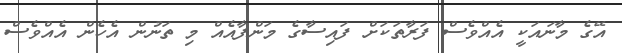
އޭގެ މާނައަކީ އެއްވެސް ފަރާތަކަށް ފައިސާގެ މަންފާއެއް މި ތަނުން އެހެން އެއްވެސް